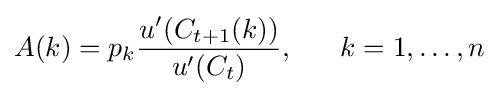
A(k)=p_{k}{\frac {u^{\prime }(C_{t+1}(k))}{u^{\prime }(C_{t})}},~~~~~k=1,\dots ,n